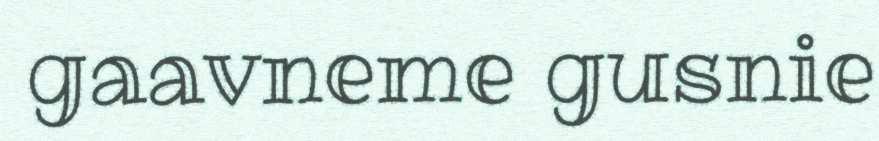
gaavneme gusnie